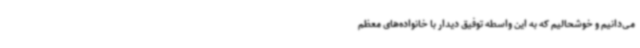
می‌دانیم و خوشحالیم که به این واسطه توفیق دیدار با خانواده‌های معظم